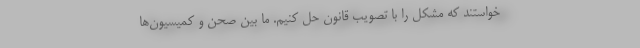
خواستند که مشکل را با تصویب قانون حل کنیم. ما بین صحن و کمیسیون‌ها